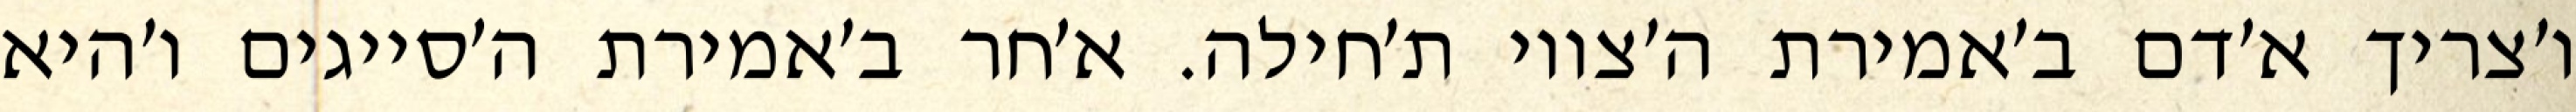
ו׳צריך א׳דם ב׳אמירת ה׳צווי ת׳חילה. א׳חר ב׳אמירת ה׳סייגים ו׳היא